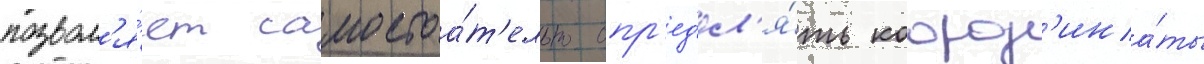
позвол'я́ет самостоа́т'ельно опр'ед'ел'я́ть коорд'ина́ты